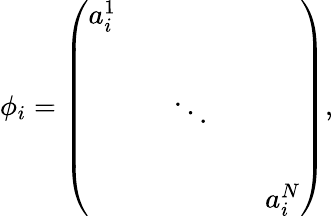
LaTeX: \phi_{i}=\left(\begin{array}{ccccc}{{a_{i}^{1}}}&{{}}&{{}}&{{}}&{{}}\\ {{}}&{{}}&{{}}&{{}}&{{}}\\ {{}}&{{}}&{{\ddots}}&{{}}&{{}}\\ {{}}&{{}}&{{}}&{{}}&{{}}\\ {{}}&{{}}&{{}}&{{}}&{{a_{i}^{N}}}\end{array}\right),